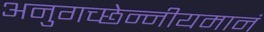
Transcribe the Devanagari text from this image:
अनुगच्छेन्नीयमानं